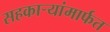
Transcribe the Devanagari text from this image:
सहकार्‍यांमार्फत